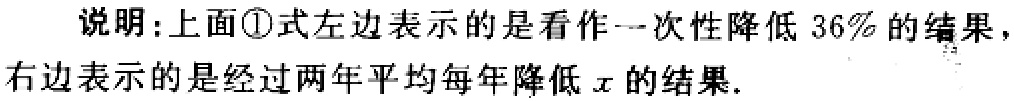
说明：上面\textcircled{1}式左边表示的是看作一次性降低 36%的结果，右边表示的是经过两年平均每年降低\(x\)的结果.